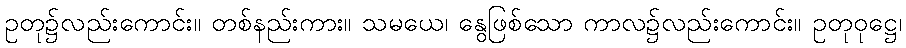
ဥတု၌လည်းကောင်း။ တစ်နည်းကား။ သမယေ၊ နွေဖြစ်သော ကာလ၌လည်းကောင်း။ ဥတုဝုဋ္ဌေ၊